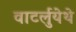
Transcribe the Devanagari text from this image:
वाटर्लुयेथे